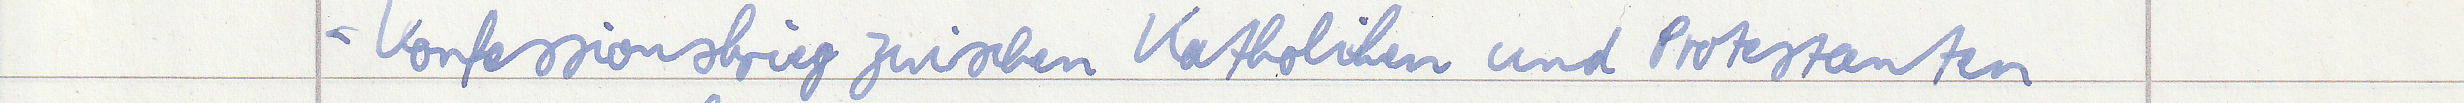
- Konfessionskrieg zwischen Katholiken und Protestanten